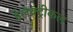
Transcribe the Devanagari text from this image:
ईलेक्ट्रीकल